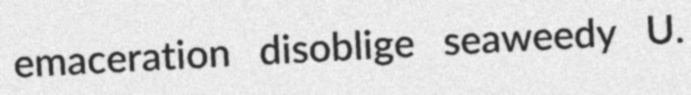
emaceration disoblige seaweedy U.